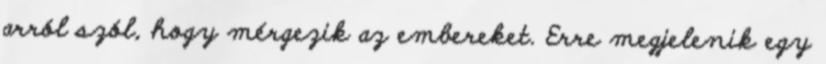
arról szól, hogy mérgezik az embereket. Erre megjelenik egy